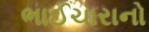
ભાઈચારાનો